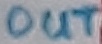
Text: OUT